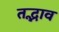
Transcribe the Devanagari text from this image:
तद्भाव